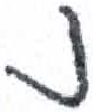
אות: נ